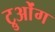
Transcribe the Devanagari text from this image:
ट्रुओंग